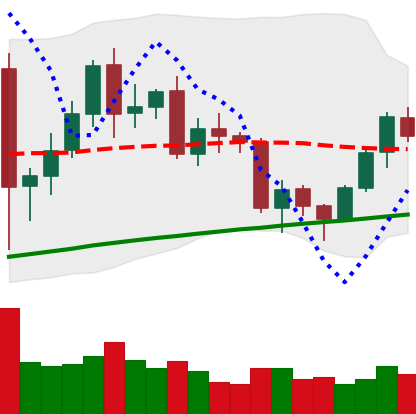
Ticker: BNB-USD
Chart end date: 2020-12-15
Forward return: 15.612%
Label: up_7plus